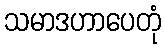
သမာဒဟာပေတုံ